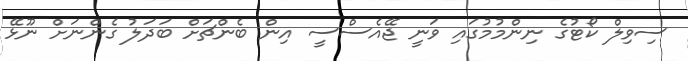
ސިވިލް ކޯޓުގެ ނިންމުމުގައި ވަނީ ޖޭއެސްސީ އިން ބެންޗަށް ބަދަލު ގެންނަށް ނޫޅޭ